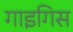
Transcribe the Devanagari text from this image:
गाइगिस